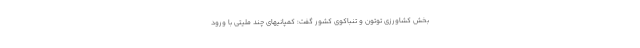
بخش کشاورزی توتون و تنباکوی کشور گفت: کمپانیهای چند ملیتی با ورود